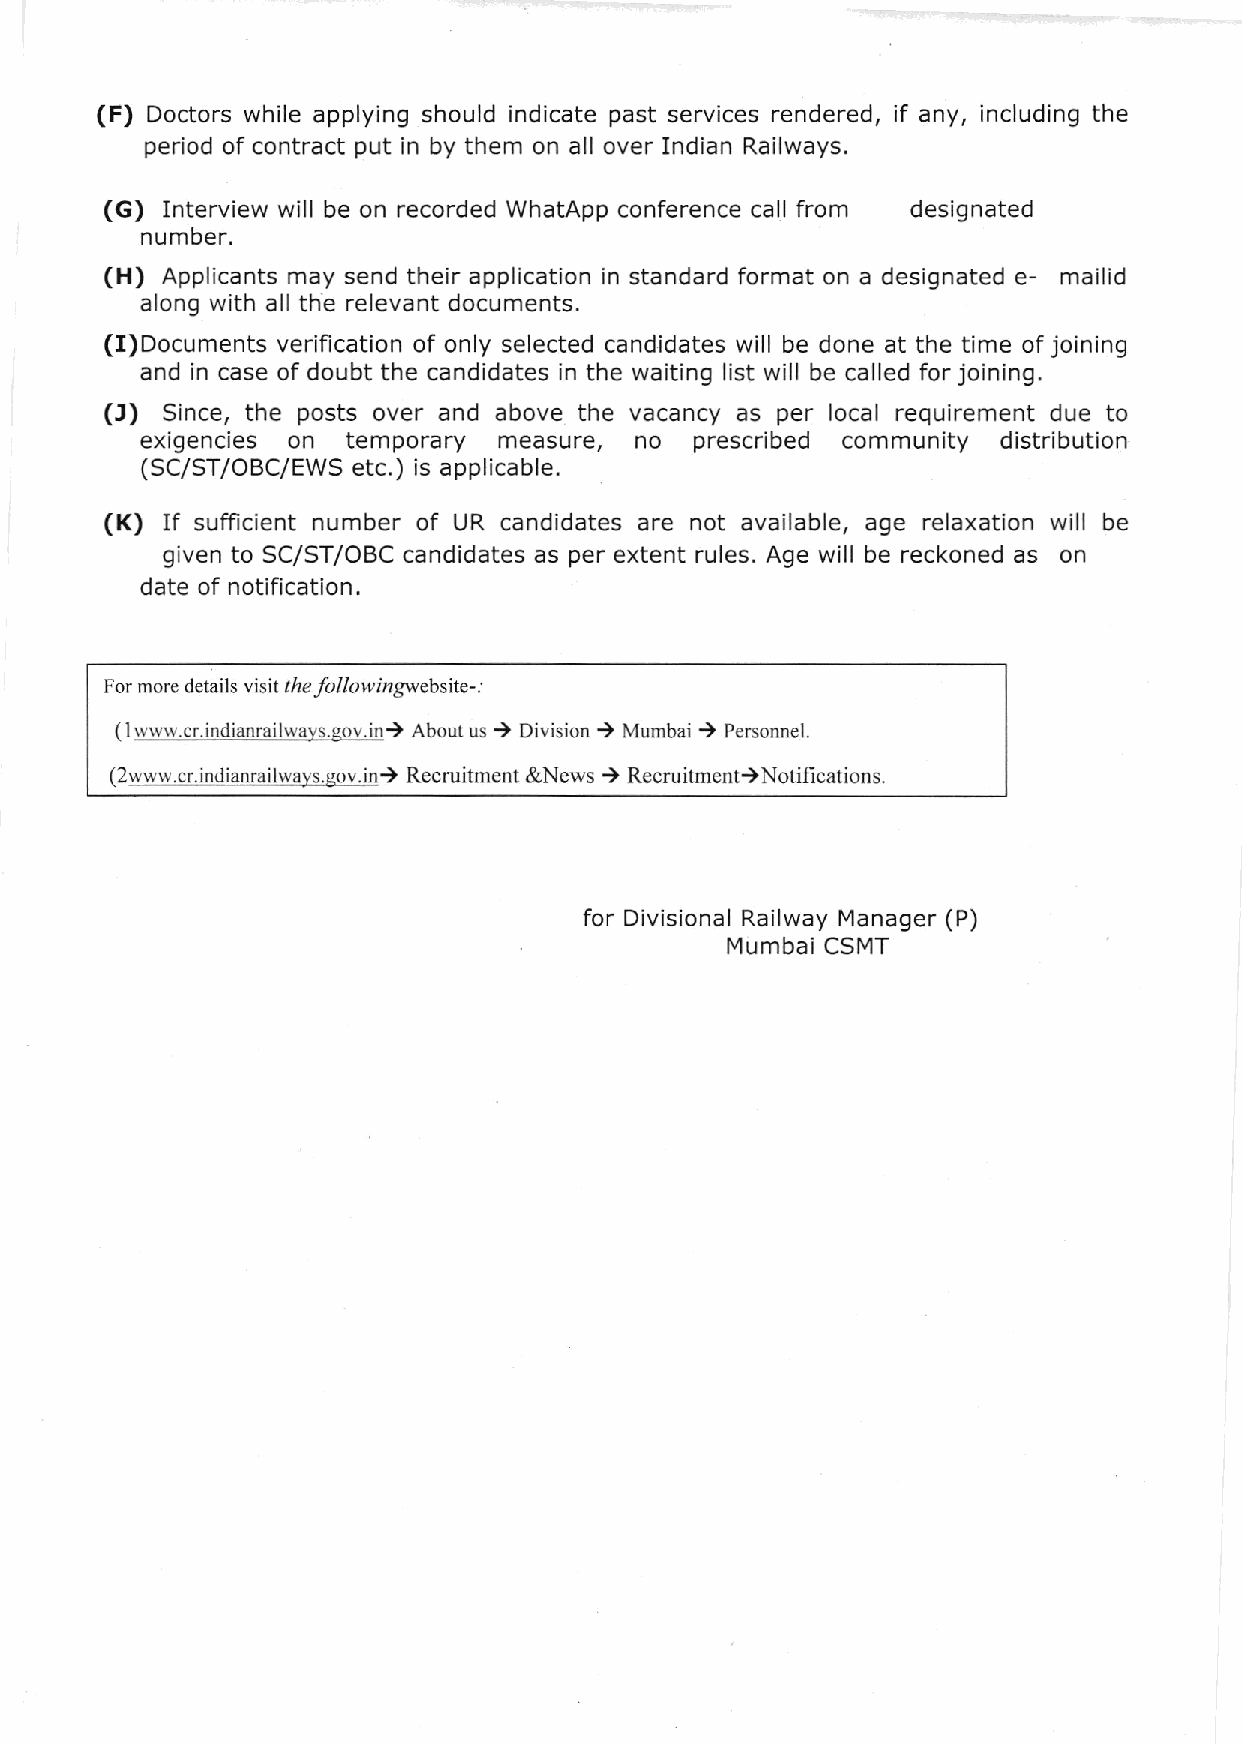
(F) Doctors while applying should indicate past services rendered, if any, including the
 period of contract put in by them on all over Indian Railways.
 (G)                                           from
 Interview will be on recorded WhatApp conference call designated
 number.
 (H)                                                         e-
 Applicants may send their application in standard format on a designated mailid
 along with all the relevant documents.
 (I)Documents verification of only selected candidates will be done at the time of joining
 and in case of doubt the candidates in the waiting list will be called for joining.
 (J)
 Since, the posts over and above the vacancy as per local requirement due to
 exigencies on temporary measure, no  prescribed community distribution
 (SC/ST/OBC/EWS etc.) is applicable.
 (K) If sufficient number of UR candidates are not avallable, age relaxation will be
 given to SC/ST/OBC candidates as per extent rules. Age will be reckoned as on
 date of notification.
 For more details visit the followingwebsite-:
 )      )     )
 ( I www.cr.indianrailwa),s.gov.in) About us Division Mumbai Personnel.
 )
 (2www.cr.indianrailways.sov.in) Recruitment &News Recruitment)Notifications
 for Dlvisional Railway Manager (P)
 Mumbai CSMT